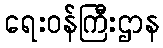
ရေးဝန်ကြီးဌာန